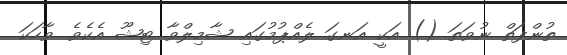
ތުންފަތް ނުވަތަ () އަކީ އަނގަ ލެއްޕުމުގައި ޝާމިލްވާ ޓިޝޫ އެކެވެ. ވާހަކަ